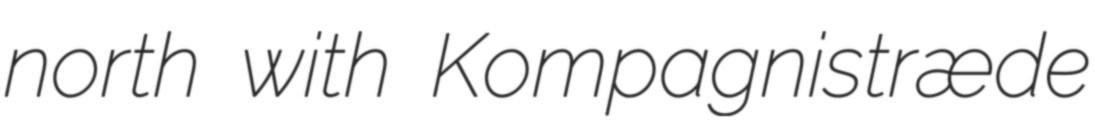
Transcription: north with Kompagnistræde